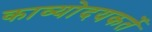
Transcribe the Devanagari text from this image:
काव्योदयकर्ते